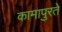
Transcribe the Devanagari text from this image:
कामापुरते